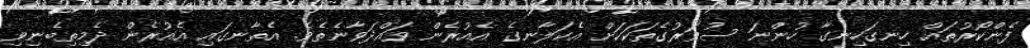
ފެންކޯރުތައް ހިނގަހިނގާ ހުންނަ ސުވަރުގެތަކަކަށް އެކަލާނގެ އެއުރެން ވައްދަވާނެތެވެ. އެތާނގައި އެއުރެން ދެމިތިބެނިވި